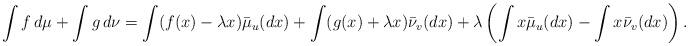
LaTeX: \begin{align*}\int f\,d\mu+\int g\,d\nu = \int (f(x)-\lambda x) \bar{\mu}_{u}(dx)+\int (g(x)+\lambda x)\bar{\nu}_{v}(dx)+\lambda\left(\int x\bar{\mu}_{u}(dx)-\int x\bar{\nu}_{v}(dx) \right). \end{align*}